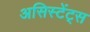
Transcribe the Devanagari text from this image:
असिस्टेंट्स